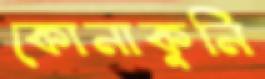
কোনাকুনি